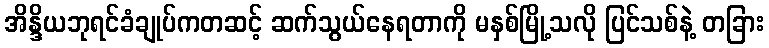
အိန္ဒိယဘုရင်ခံချုပ်ကတဆင့် ဆက်သွယ်နေရတာကို မနှစ်မြို့သလို ပြင်သစ်နဲ့ တခြား